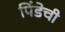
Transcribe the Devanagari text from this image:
पिंडेची